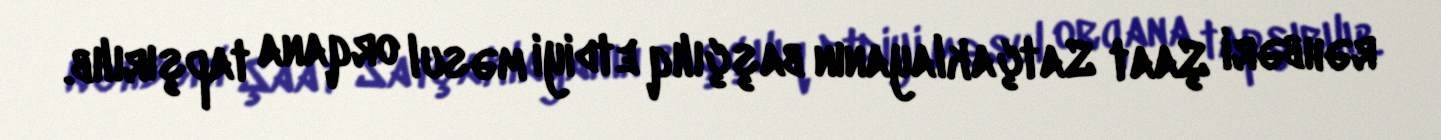
rəhbəri Şaat Satçaklayanın başçılıq etdiyi məsul orqana tapşırılıb.